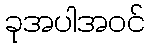
ခုအပါအဝင်